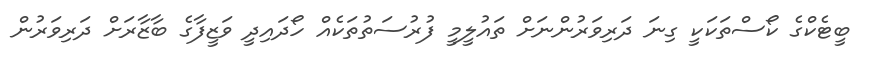
ބީޓެކްގެ ކޯސްތަކަކީ ގިނަ ދަރިވަރުންނަށް ތައުލީމީ ފުރުސަތުތަކެއް ހޯދައިދީ ވަޒީފާގެ ބާޒާރަށް ދަރިވަރުން